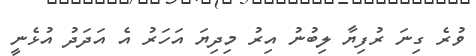
ވުރެ ގިނަ ރުފިޔާ ލިބުނު އިރު މިދިޔަ އަހަރު އެ އަދަދު އުޅެނީ